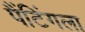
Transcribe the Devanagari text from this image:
पैंटिंगला